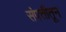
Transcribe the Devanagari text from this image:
संपत्तीतून